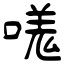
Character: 嗴